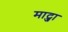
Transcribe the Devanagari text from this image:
माट्जा